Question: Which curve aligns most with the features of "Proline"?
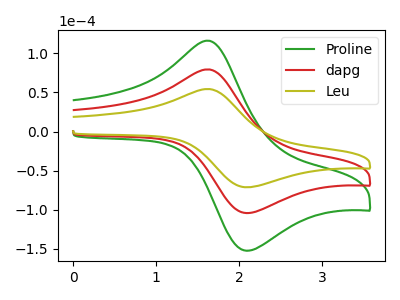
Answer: <think>The green curve "Proline" has an anodic peak at (1.65V, 158.80uA) and a cathodic peak at (2.10V, -208.70uA). The red curve "dapg" has an anodic peak at (1.65V, 79.40uA) and a cathodic peak at (2.10V, -104.35uA). The olive curve "Leu" has an anodic peak at (1.65V, 54.30uA) and a cathodic peak at (2.10V, -71.40uA).
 All the peaks in "Proline" have a peak in "dapg" at the same potential. Every peak in "Proline" is higher than every peak in "dapg". All the peaks in "Proline" have a peak in "Leu" at the same potential. Every peak in "Proline" is higher than every peak in "Leu". All the peaks in "dapg" have a peak in "Leu" at the same potential. Every peak in "dapg" is higher than every peak in "Leu".</think>
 <answer>"Proline" and "dapg" have a similar shape to "Leu".</answer>
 <eval>"Proline" "dapg"</eval>